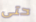
حتى